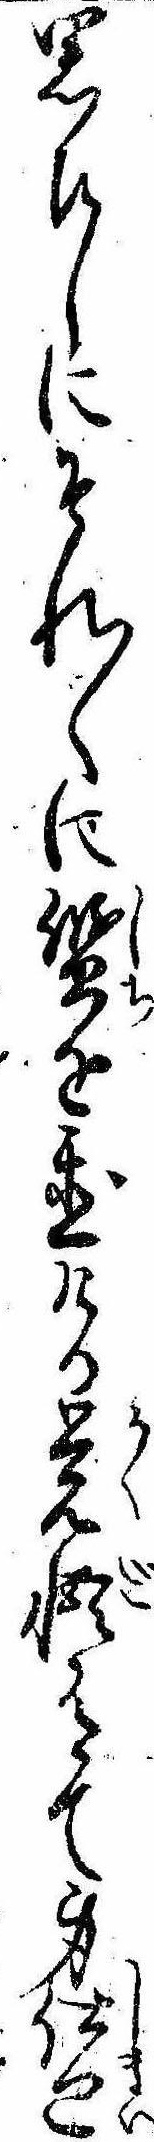
思ひしにそれ〱に質を置ける覚悟有て身仕廻